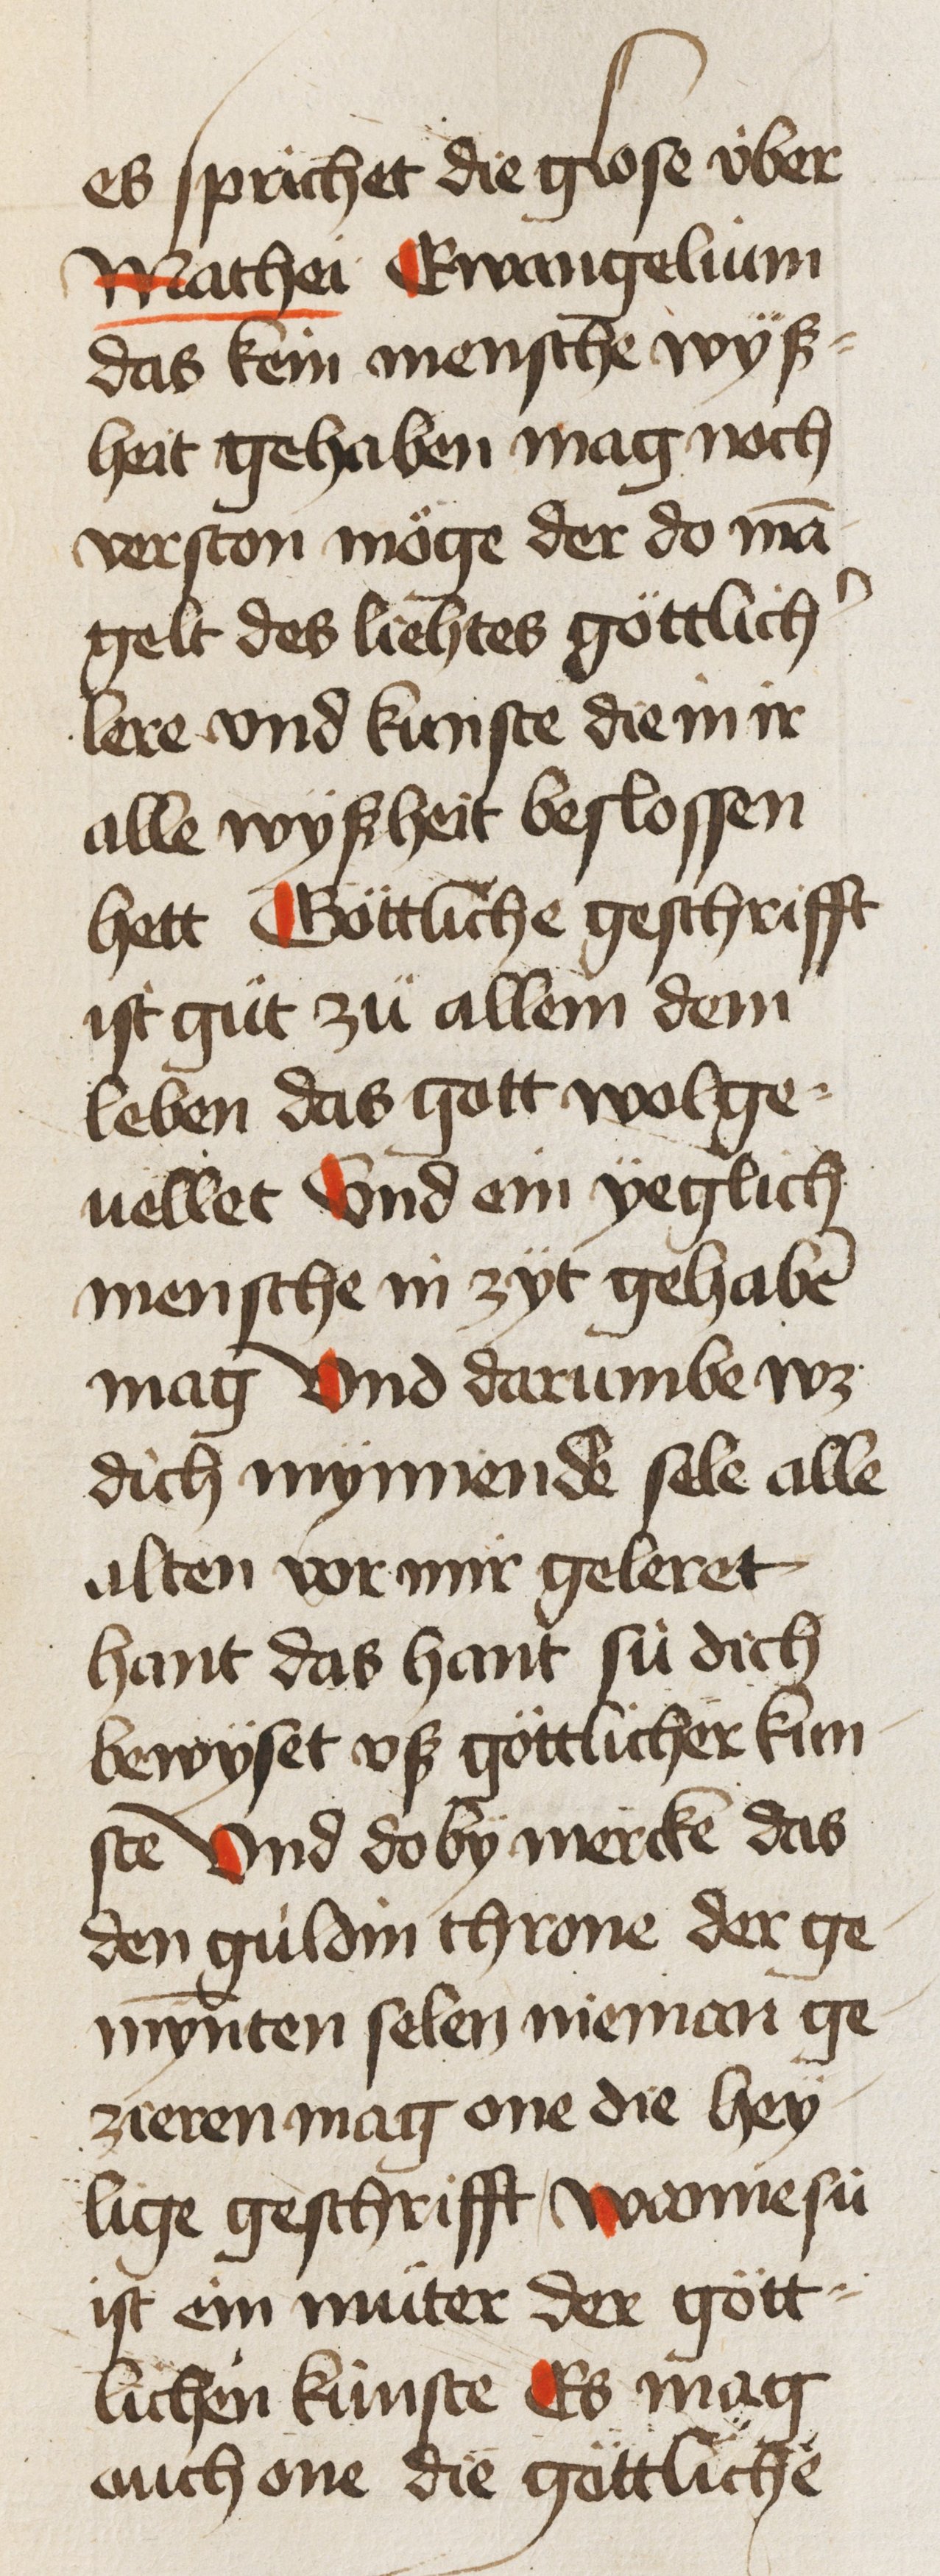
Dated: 1450–1499